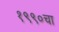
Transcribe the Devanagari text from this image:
१९९०चा